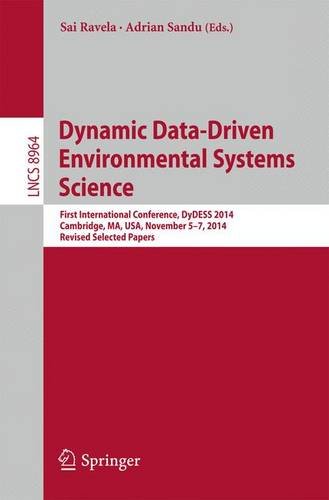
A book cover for Dynamic Data-Driven Environmental Systems Science: First International Conference, DyDESS 2014, Cambridge, MA, USA, November 5-7, 2014, Revised Selected Papers (Lecture Notes in Computer Science); Computers & Technology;